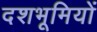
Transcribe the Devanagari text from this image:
दशभूमियों